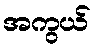
အကွယ်